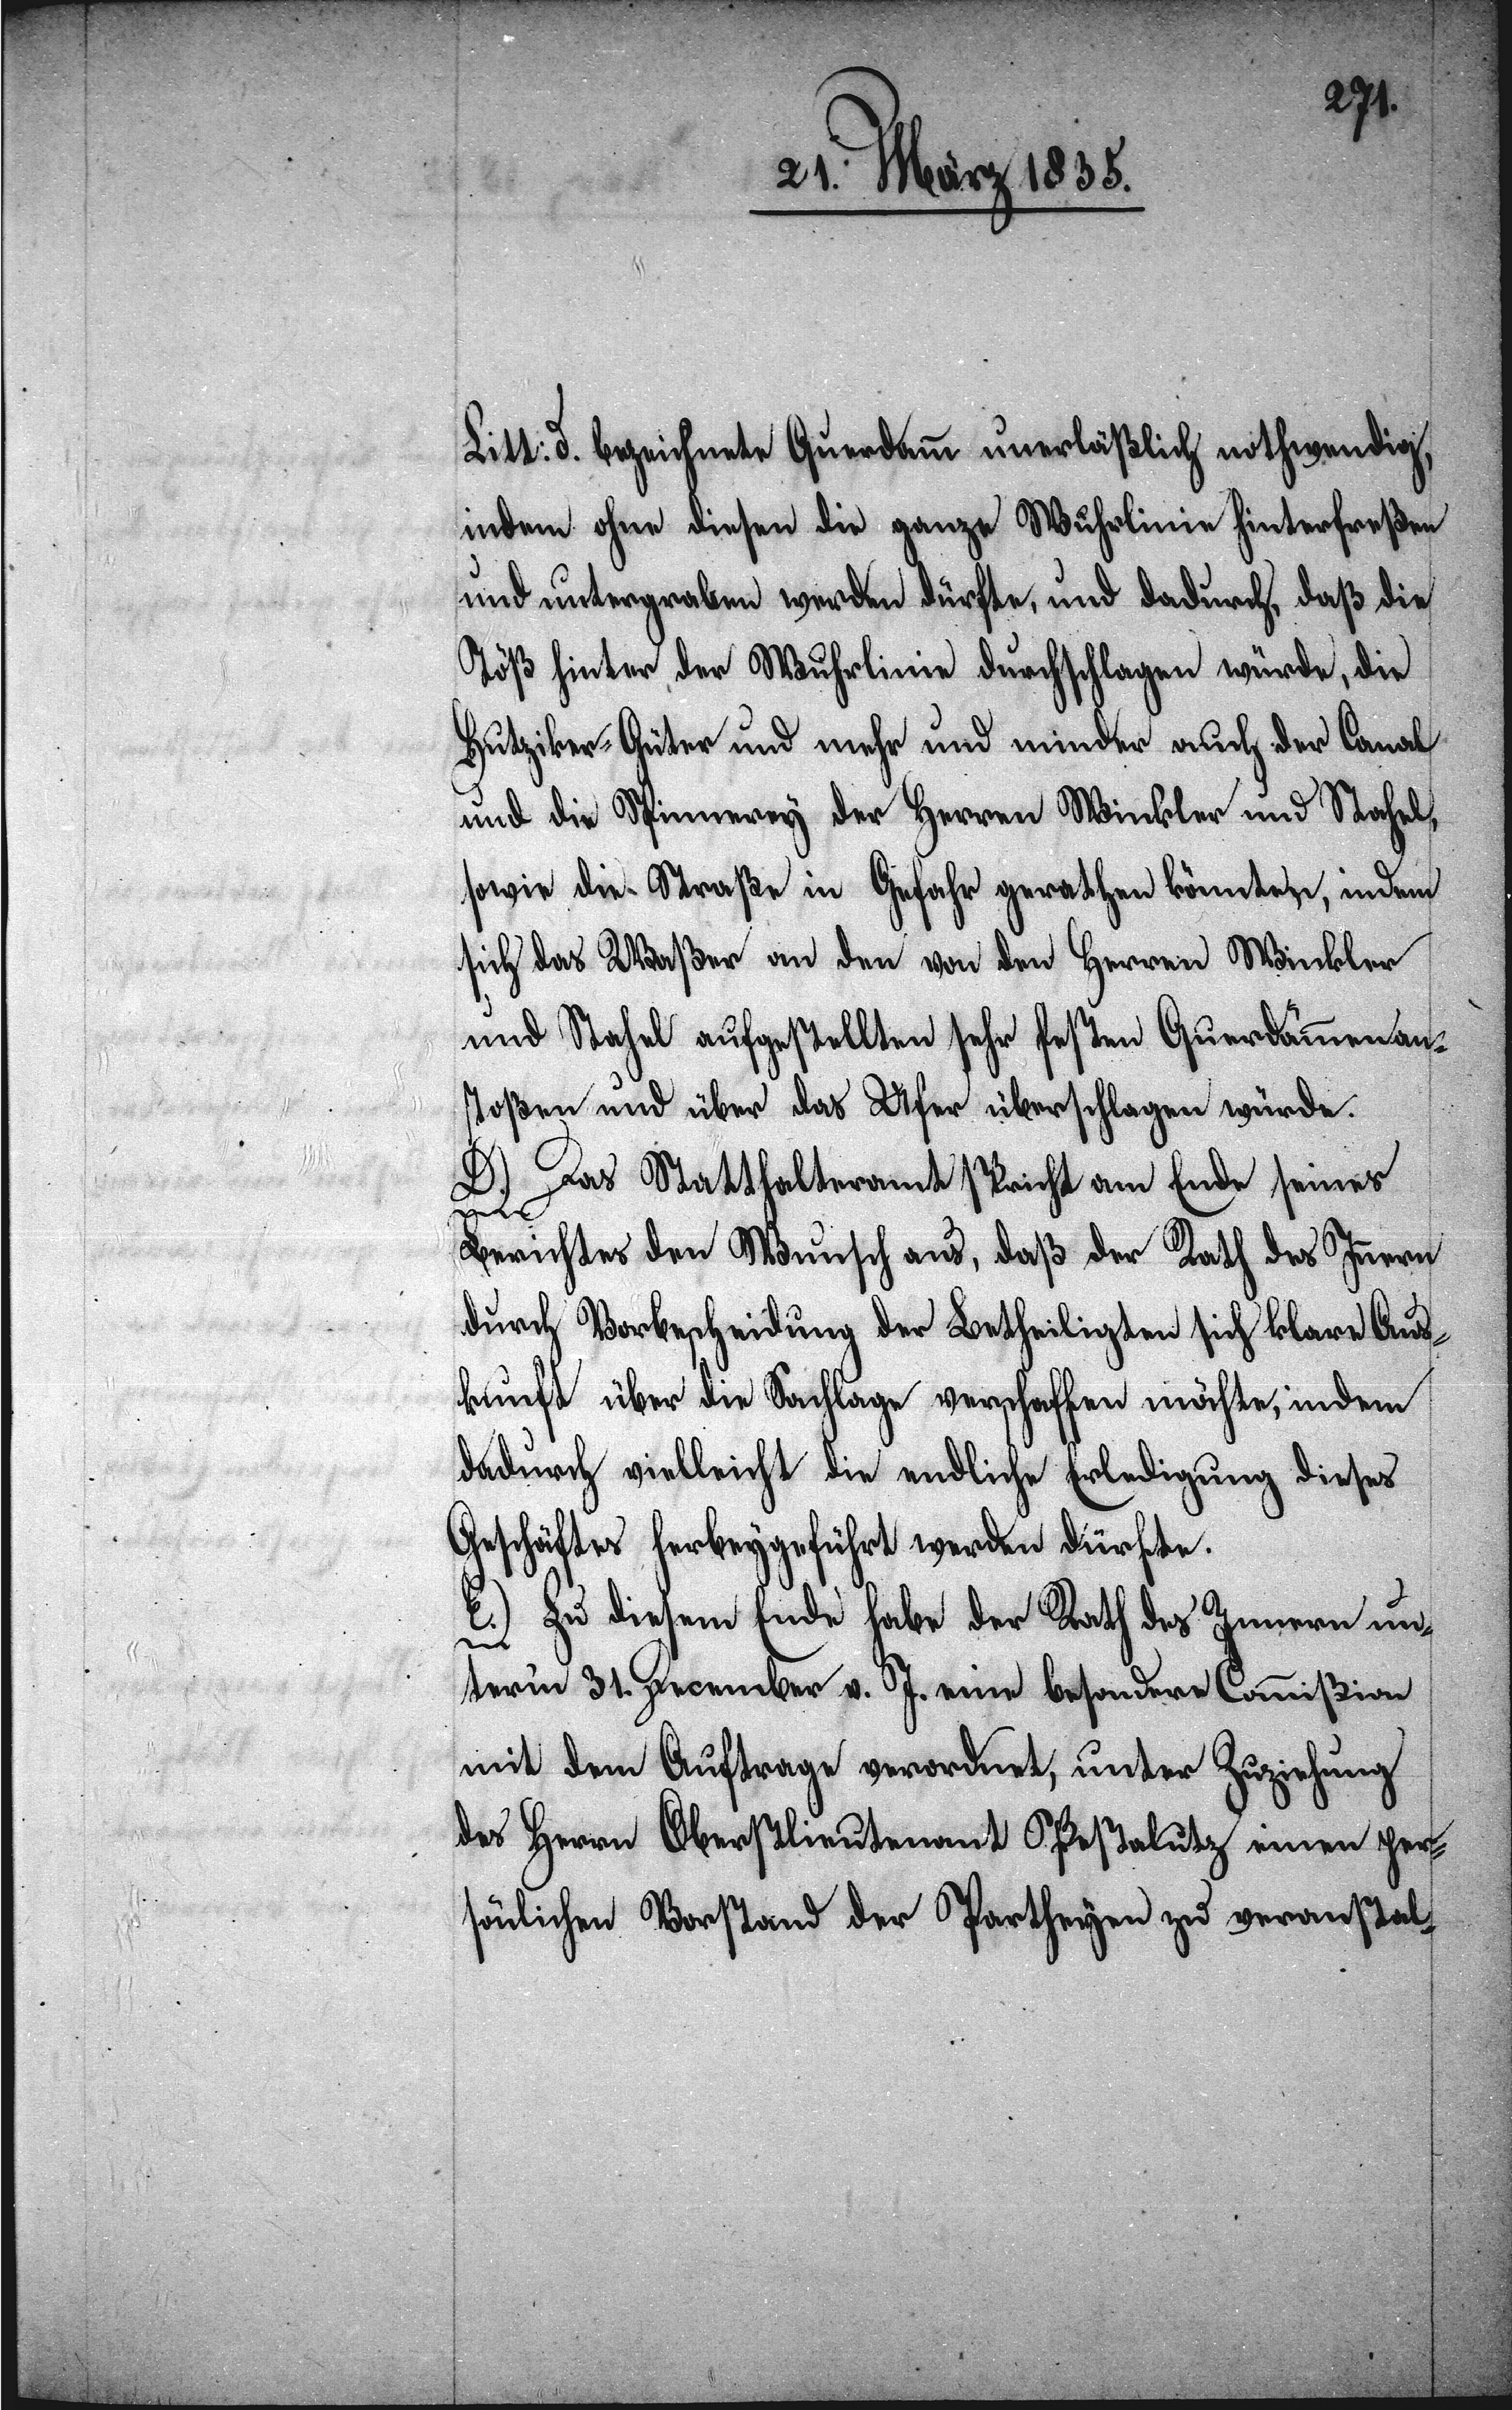
Litt: d. bezeichnete Querdamm unerläßlich nothwendig,
indem ohne diesen die ganze Wuhrlinie hinterfreßen
und untergraben werden dürfte, und dadurch, daß die
Töß hinter der Wuhrlinie durchschlagen würde, die
Hutziker-Güter und mehr und minder auch der Canal
und die Spinnerey der Herren Winkler und Stahel,
sowie die Straße in Gefahr gerathen könnten, indem
sich das Waßer an den von den Herren Winkler
und Stahel aufgestellten sehr festen Querdämmen an¬
stoßen und über das Ufer überschlagen würde.
D.) Das Statthalteramt spricht am Ende seines
Berichtes den Wunsch aus, daß der Rath des Innern
durch Vorbescheidung der Betheiligten sich klare Aus¬
kunft über die Sachlage verschaffen möchte, indem
dadurch vielleicht die endliche Erledigung dieses
Geschäftes herbeygeführt werden dürfte.
E.) Zu diesem Ende habe der Rath des Innern un¬
term 31. December v. J. eine besondere Commißion
mit dem Auftrage verordnet, unter Zuziehung
des Herrn Oberstlieutenant O. Pestalutz einen per¬
sönlichen Vorstand der Partheyen zu veranstal-